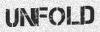
UNFOLD